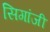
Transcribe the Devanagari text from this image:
सिगांजी